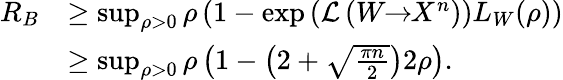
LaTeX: \begin{array}{rl}{R_{B}}&{\geq\operatorname*{sup}_{\rho>0}\rho\left(1-\exp\left(\mathcal{L}\left(W\! \! \to\! \! X^{n}\right)\right)L_{W}(\rho)\right)}\\ &{\geq\operatorname*{sup}_{\rho>0}\rho\left(1-\left(2+\sqrt{\frac{\pi n}{2}}\right)2\rho\right).}\end{array}